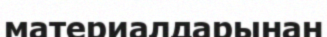
материалдарынан